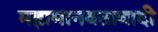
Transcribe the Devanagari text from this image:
महामानवतावादी